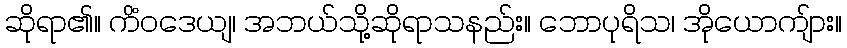
ဆိုရာ၏။ ကိံဝဒေယျ၊ အဘယ်သို့ဆိုရာသနည်း။ ဘောပုရိသ၊ အိုယောကျ်ား။